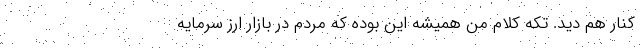
کنار هم دید. تکه کلام من همیشه این بوده که مردم در بازار ارز سرمایه